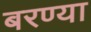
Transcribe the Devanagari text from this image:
बरण्या